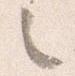
之